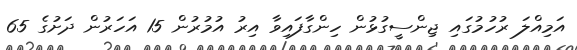
އަމިއްލަ ރުހުމުގައި ޖިންސީގުޅުން ހިންގާފައިވާ އިރު އުމުރުން 15 އަހަރުން ދަށުގެ 65